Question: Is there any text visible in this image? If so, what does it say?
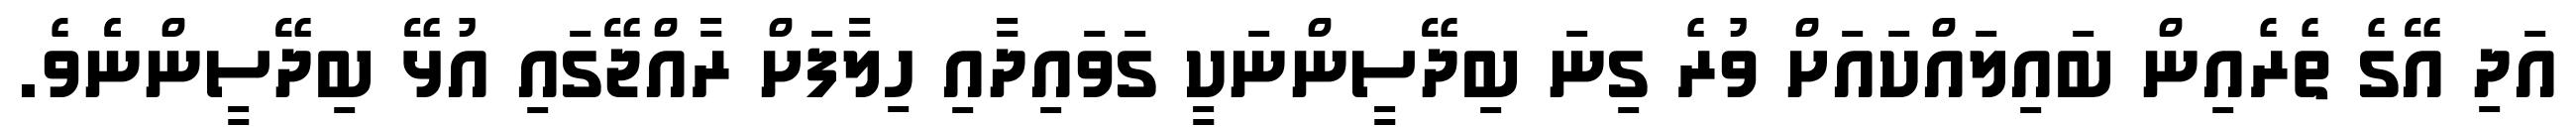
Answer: އަދި އޭގެ ތެރެއިން ބައިލައްކައަށް ވުރެ ގިނަ ބިދޭސީންނަކީ ގަވައިދާއި ހިލާފަށް ރާއްޖޭގައި އުޅޭ ބިދޭސީންނެެވެ.